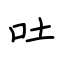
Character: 吐